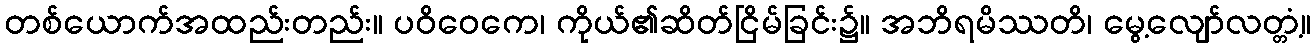
တစ်ယောက်အထည်းတည်း။ ပဝိဝေကေ၊ ကိုယ်၏ဆိတ်ငြိမ်ခြင်း၌။ အဘိရမိဿတိ၊ မွေ့လျော်လတ္တံ့။